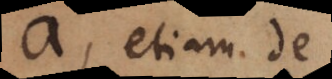
a, etiam de